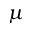
\mu